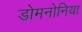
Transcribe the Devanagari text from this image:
डोमनोनिया